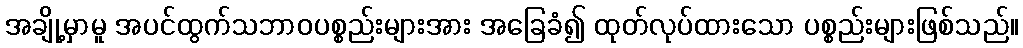
အချို့မှာမူ အပင်ထွက်သဘာဝပစ္စည်းများအား အခြေခံ၍ ထုတ်လုပ်ထားသော ပစ္စည်းများဖြစ်သည်။